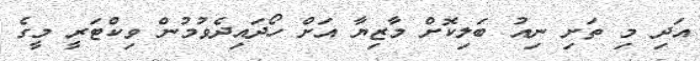
އަދި މި ތަށި ނިއު ބަލިކޮށް މާޒިޔާ އަށް ހޯދައިދެވުމުން ވިކްޓަރީ މީގެ